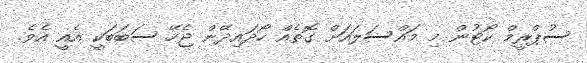
ސުޕްރީމް ކޯޓުން މި މައްސަލައަށް ގޮތެއް ހޯދައިދޭން ޖެހޭ ސަބަބަކީ އެއީ އެވެ.